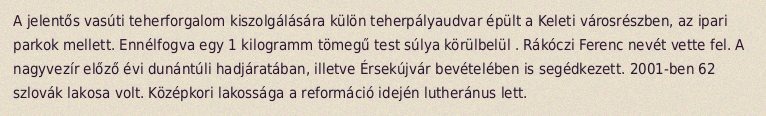
A jelentős vasúti teherforgalom kiszolgálására külön teherpályaudvar épült a Keleti városrészben, az ipari parkok mellett. Ennélfogva egy 1 kilogramm tömegű test súlya körülbelül . Rákóczi Ferenc nevét vette fel. A nagyvezír előző évi dunántúli hadjáratában, illetve Érsekújvár bevételében is segédkezett. 2001-ben 62 szlovák lakosa volt. Középkori lakossága a reformáció idején lutheránus lett.